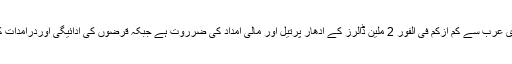
پاکستان کوآئی ایم ایف کے پروگرام سے بچنے کیلئے سعودی عرب سے کم ازکم فی الفور 2 ملین ڈالرز کے ادھار پرتیل اور مالی امداد کی ضرروت ہے جبکہ قرضوں کی ادائیگی اوردرآمدات کے بل کے لیے رواں مالی سال میں 11بلین ڈالر درکار ہیں۔